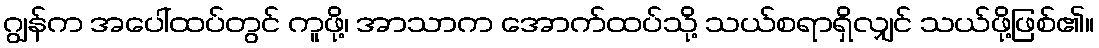
ဂျွန်က အပေါ်ထပ်တွင် ကူဖို့၊ အာသာက အောက်ထပ်သို့ သယ်စရာရှိလျှင် သယ်ဖို့ဖြစ်၏။